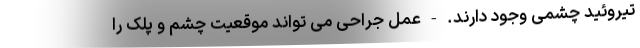
تیروئید چشمی وجود دارند. - عمل جراحی می تواند موقعیت چشم و پلک را